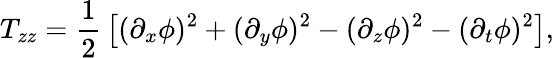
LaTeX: T_{zz}={\frac{1}{2}}\left[(\partial_{x}\phi)^{2}+(\partial_{y}\phi)^{2}-(\partial_{z}\phi)^{2}-(\partial_{t}\phi)^{2}\right],